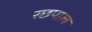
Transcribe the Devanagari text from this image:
रछपाल